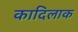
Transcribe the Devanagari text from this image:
कादिलाक